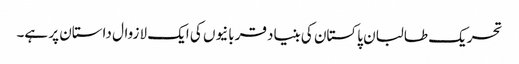
تحریک طالبان پاکستان کی بنیاد قربانیوں کی ایک لازوال داستان پر ہے۔